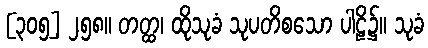
[၃၀၅] ၂၅၈။ တတ္ထ၊ ထိုသုခံ သုပတိစသော ပါဠိ၌။ သုခံ